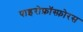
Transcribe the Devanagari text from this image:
पाइरोफ़ॉस्फ़ोरस